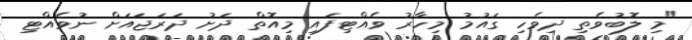
"މި ލޮބުވެތި ދިވެހި ގައުމު މިހާރު ވެއްޓިފައި މިއޮތް ދަށު ދަރަޖައަށް ނުވެއްޓި